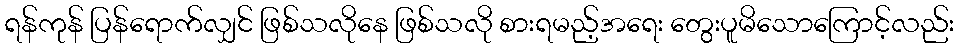
ရန်ကုန် ပြန်ရောက်လျှင် ဖြစ်သလိုနေ ဖြစ်သလို စားရမည့်အရေး တွေးပူမိသောကြောင့်လည်း